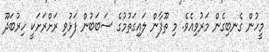
މީހުން ގެނބިގެން މަރުވިއެވެ. މި ތޫފާން ލައިގަތުމުގެ ސަބަބުން ފަޅުވި ރަށްރަށަކީ ހިރުބަދޫ